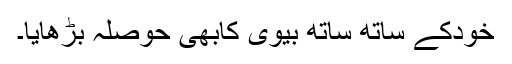
خودکے ساتھ ساتھ بیوی کابھی حوصلہ بڑھایا۔